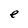
Character: e